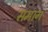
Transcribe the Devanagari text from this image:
समाग